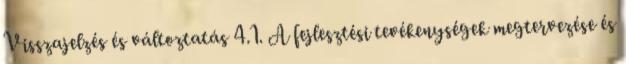
Visszajelzés és változtatás 4.1. A fejlesztési tevékenységek megtervezése és